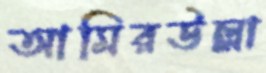
আমিরউল্লা